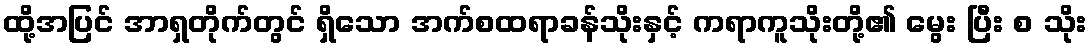
ထို့အပြင် အာရှတိုက်တွင် ရှိသော အက်စထရာခန်သိုးနှင့် ကရာကူသိုးတို့၏ မွေး ပြီး စ သိုး